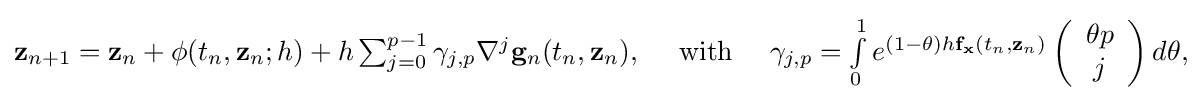
{\textstyle \mathbf {z} _{n+1}=\mathbf {z} _{n}+\mathbf {\phi } (t_{n},\mathbf {z} _{n};h)+h\sum _{j=0}^{p-1}\gamma _{j,p}\nabla ^{j}\mathbf {g} _{n}(t_{n},\mathbf {z} _{n}),\quad {\text{ with }}\quad \gamma _{j,p}=\int \limits _{0}^{1}e^{(1-\theta )h\mathbf {f} _{\mathbf {x} }(t_{n},\mathbf {z} _{n})}\left({\begin{array}{c}\theta p\\j\end{array}}\right)d\theta ,}